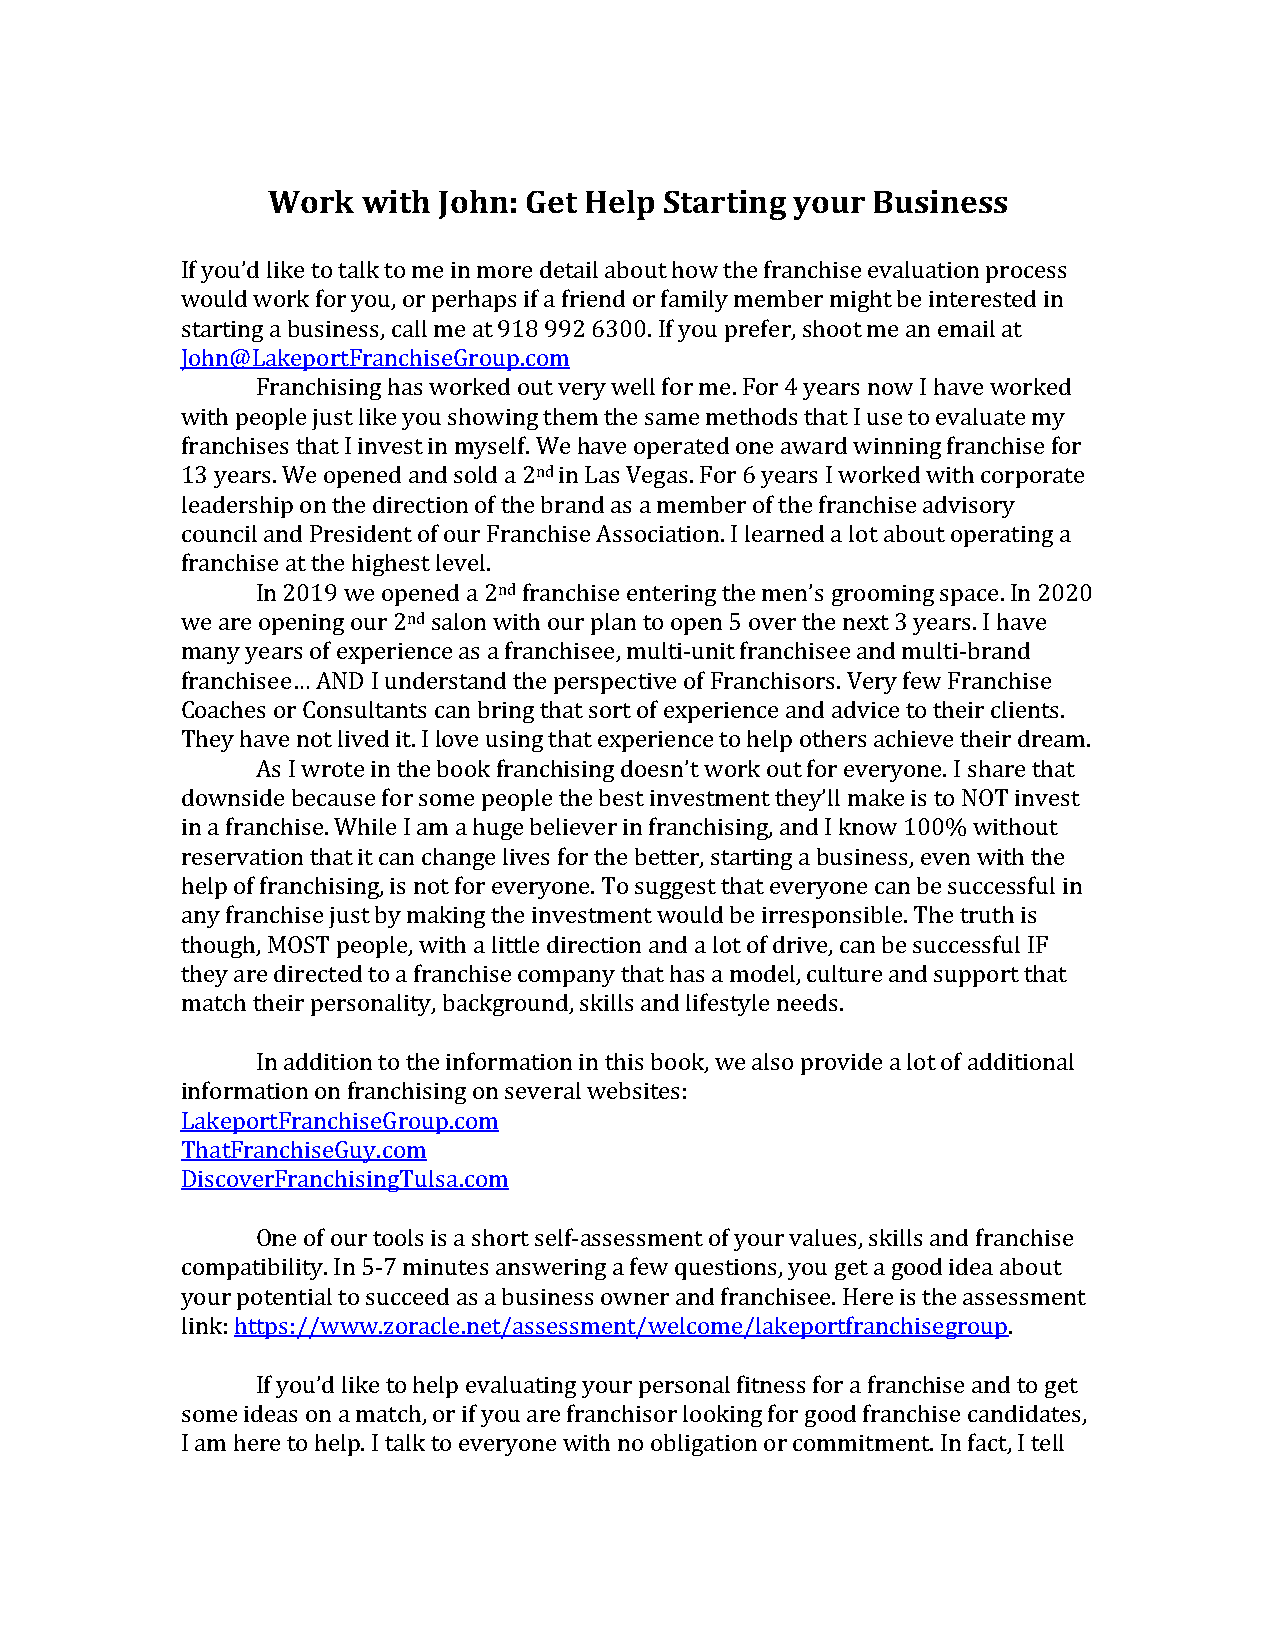
Work  with John: Get Help Starting your Business
 If you’d like to talk to me in more detail about how the franchise evaluation process
 would work for you, or perhaps if a friend or family member might be interested in
 starting a business, call me at 918 992 6300. If you prefer, shoot me an email at
 John@LakeportFranchiseGroup.com
 Franchising has worked out very well for me. For 4 years now I have worked
 with people just like you showing them the same methods that I use to evaluate my
 franchises that I invest in myself. We have operated one award winning franchise for
 13 years. We opened and sold a 2nd in Las Vegas. For 6 years I worked with corporate
 leadership on the direction of the brand as a member of the franchise advisory
 council and President of our Franchise Association. I learned a lot about operating a
 franchise at the highest level.
 In 2019 we opened a 2nd franchise entering the men’s grooming space. In 2020
 we are opening our 2nd salon with our plan to open 5 over the next 3 years. I have
 many years of experience as a franchisee, multi-unit franchisee and multi-brand
 franchisee… AND I understand the perspective of Franchisors. Very few Franchise
 Coaches or Consultants can bring that sort of experience and advice to their clients.
 They have not lived it. I love using that experience to help others achieve their dream.
 As I wrote in the book franchising doesn’t work out for everyone. I share that
 downside because for some people the best investment they’ll make is to NOT invest
 in a franchise. While I am a huge believer in franchising, and I know 100% without
 reservation that it can change lives for the better, starting a business, even with the
 help of franchising, is not for everyone. To suggest that everyone can be successful in
 any franchise just by making the investment would be irresponsible. The truth is
 though, MOST people, with a little direction and a lot of drive, can be successful IF
 they are directed to a franchise company that has a model, culture and support that
 match their personality, background, skills and lifestyle needs.
 In addition to the information in this book, we also provide a lot of additional
 information on franchising on several websites:
 LakeportFranchiseGroup.com
 ThatFranchiseGuy.com
 DiscoverFranchisingTulsa.com
 One of our tools is a short self-assessment of your values, skills and franchise
 compatibility. In 5-7 minutes answering a few questions, you get a good idea about
 your potential to succeed as a business owner and franchisee. Here is the assessment
 link: https://www.zoracle.net/assessment/welcome/lakeportfranchisegroup.
 If you’d like to help evaluating your personal fitness for a franchise and to get
 some ideas on a match, or if you are franchisor looking for good franchise candidates,
 I am here to help. I talk to everyone with no obligation or commitment. In fact, I tell